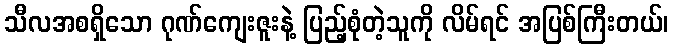
သီလအစရှိသော ဂုဏ်ကျေးဇူးနဲ့ ပြည့်စုံတဲ့သူကို လိမ်ရင် အပြစ်ကြီးတယ်၊